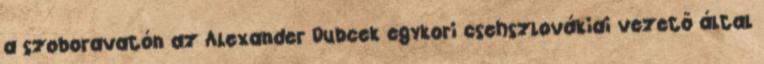
a szoboravatón az Alexander Dubcek egykori csehszlovákiai vezető által